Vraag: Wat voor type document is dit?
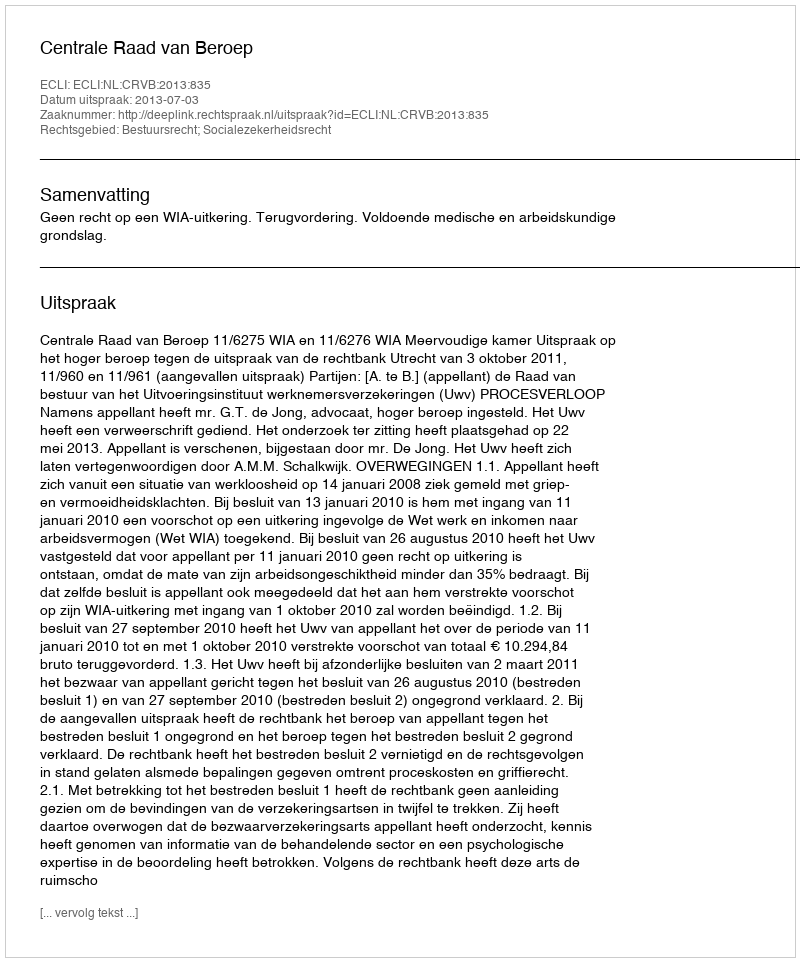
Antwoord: Uitspraak